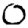
Digit: 0